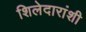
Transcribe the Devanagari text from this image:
शिलेदारांशी